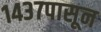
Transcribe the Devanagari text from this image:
१४३७पासून